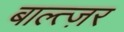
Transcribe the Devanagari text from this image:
बाल्त्ज़र